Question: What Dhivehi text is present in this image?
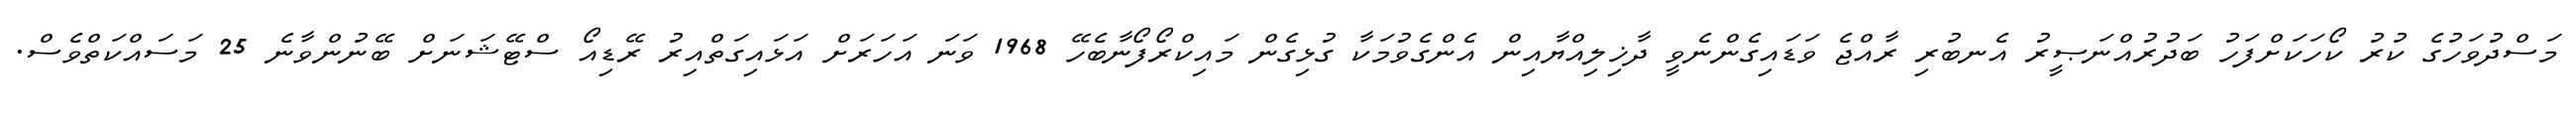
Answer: މަސްދުވަހުގެ ކުރު ކޯހަކަށްފަހު ބަދުރުއްނަޞީރު އެނބުރި ރާއްޖެ ވަޑައިގެންނެވީ ދާޚިލިއްޔާއިން އެންގެވުމަކާ ގުޅިގެން މައިކްރޯފޯނާބެހޭ 1968 ވަނަ އަހަރަށް އަޅައިގަތްއިރު ރޭޑިއޯ ސްޓޭޝަނަށް ބޭނުންވާނެ 25 މަސައްކަތްވެސް.